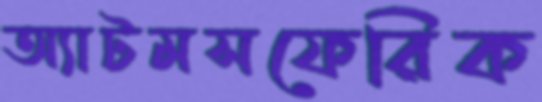
অ্যাটমসফেরিক